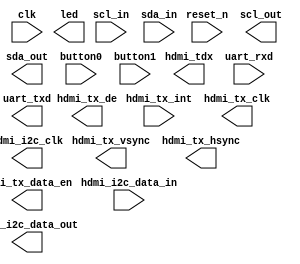
module fltfpga(
               // Clock and reset.
               input wire           clk,
               input wire           reset_n,

               // Board I2C interface.
               output wire           hdmi_i2c_clk,
               input wire            hdmi_i2c_data_in,
               output wire           hdmi_i2c_data_out,

               // HDMI interface.
               input wire            hdmi_tx_int,
               output wire [23 : 0]  hdmi_tdx,
               output wire           hdmi_tx_clk,
               output wire           hdmi_tx_data_en,
               output wire           hdmi_tx_vsync,
               output wire           hdmi_tx_hsync,
               output wire           hdmi_tx_de,

               // I2C interface
               input wire           scl_in,
               output wire          scl_out,
               input wire           sda_in,
               output wire          sda_out,

               // AC97 interface.

               // LED interface.
               output wire [7 : 0]   led,

               // button interface.
               input wire            button0,
               input wire            button1,

               // USB-UART interface.
               input wire          uart_rxd,
               output wire         uart_txd
              );


  //----------------------------------------------------------------
  // Internal constant and parameter definitions.
  //----------------------------------------------------------------
  parameter AUDIO_I2C_ADDR = 8'h42;
  parameter HDMI_I2C_ADDR  = 8'h43;


  //----------------------------------------------------------------
  // Registers including update variables and write enable.
  //----------------------------------------------------------------


  //----------------------------------------------------------------
  // Wires.
  //----------------------------------------------------------------


  //----------------------------------------------------------------
  // Concurrent connectivity for ports etc.
  //----------------------------------------------------------------



  //----------------------------------------------------------------
  // core instantiations.
  //----------------------------------------------------------------


  //----------------------------------------------------------------
  // reg_update
  // Update functionality for all registers in the core.
  // All registers are positive edge triggered with synchronous
  // active low reset. All registers have write enable.
  //----------------------------------------------------------------
  always @ (posedge clk)
    begin
      if (!reset_n)
        begin

        end
      else
        begin

        end
    end // reg_update

endmodule